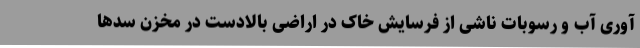
آوری آب و رسوبات ناشی از فرسایش خاک در اراضی بالادست در مخزن سدها